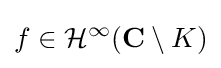
f\in {\mathcal {H}}^{\infty }(\mathbf {C} \setminus K)